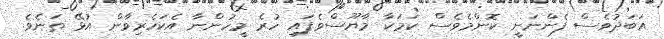
އަބަދުވެސް ފެންނަނީ ކޮންމެވެސް ކަމަކާ މާޔޫސްވެފައި ހުރެ މީހުންނާ އެކަހެރިވާން އުޅޭ ތަނެވެ.